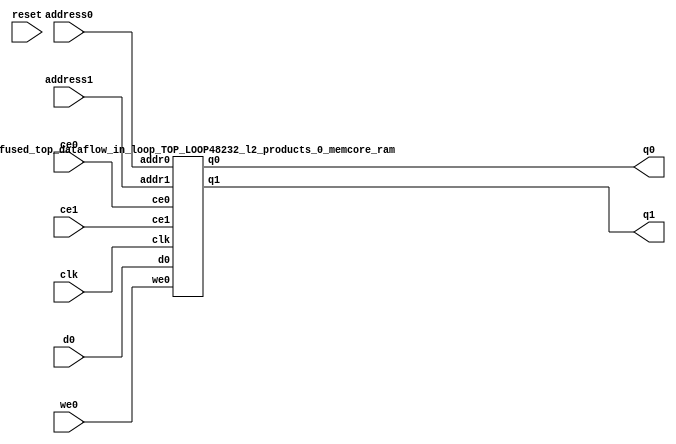
`define EXPONENT 5
`define MANTISSA 10
`define ACTUAL_MANTISSA 11
`define EXPONENT_LSB 10
`define EXPONENT_MSB 14
`define MANTISSA_LSB 0
`define MANTISSA_MSB 9
`define MANTISSA_MUL_SPLIT_LSB 3
`define MANTISSA_MUL_SPLIT_MSB 9
`define SIGN 1
`define SIGN_LOC 15
`define DWIDTH (`SIGN+`EXPONENT+`MANTISSA)
`define IEEE_COMPLIANCE 1

module td_fused_top_dataflow_in_loop_TOP_LOOP48232_l2_products_0_memcore(
    reset,
    clk,
    address0,
    ce0,
    we0,
    d0,
    q0,
    address1,
    ce1,
    q1);

parameter DataWidth = 32'd16;
parameter AddressRange = 32'd16;
parameter AddressWidth = 32'd4;
input reset;
input clk;
input[AddressWidth - 1:0] address0;
input ce0;
input we0;
input[DataWidth - 1:0] d0;
output[DataWidth - 1:0] q0;
input[AddressWidth - 1:0] address1;
input ce1;
output[DataWidth - 1:0] q1;



td_fused_top_dataflow_in_loop_TOP_LOOP48232_l2_products_0_memcore_ram td_fused_top_dataflow_in_loop_TOP_LOOP48232_l2_products_0_memcore_ram_U(
    .clk( clk ),
    .addr0( address0 ),
    .ce0( ce0 ),
    .we0( we0 ),
    .d0( d0 ),
    .q0( q0 ),
    .addr1( address1 ),
    .ce1( ce1 ),
    .q1( q1 )
);

endmodule
module td_fused_top_dataflow_in_loop_TOP_LOOP48232_l2_products_0_memcore_ram (addr0, ce0, d0, we0, q0, addr1, ce1, q1,  clk);

parameter DWIDTH = 16;
parameter AWIDTH = 4;
parameter MEM_SIZE = 16;

input[AWIDTH-1:0] addr0;
input ce0;
input[DWIDTH-1:0] d0;
input we0;
output reg[DWIDTH-1:0] q0;
input[AWIDTH-1:0] addr1;
input ce1;
output reg[DWIDTH-1:0] q1;
input clk;

 reg [DWIDTH-1:0] ram[MEM_SIZE-1:0];




always @(posedge clk)  
begin 
    if (ce0) begin
        if (we0) 
            ram[addr0] <= d0; 
        q0 <= ram[addr0];
    end
end


always @(posedge clk)  
begin 
    if (ce1) begin
        q1 <= ram[addr1];
    end
end


endmodule